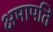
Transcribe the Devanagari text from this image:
क्षमापति